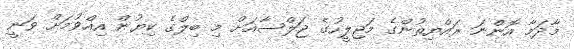
މާދަމާ އޮންނަ ރައްޔިތުންގެ މަޖިލީހުގެ ޖަލްސާއަށް މި ބިލްގެ ކިޔުން އިއްވުމަށް ވަނީ